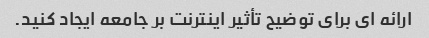
ارائه ای برای توضیح تأثیر اینترنت بر جامعه ایجاد کنید.